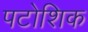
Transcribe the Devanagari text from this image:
पटोशिक